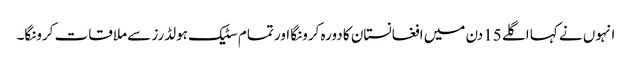
انہوں نے کہا اگلے 15دن میں افغانستان کا دورہ کرونگا اور تمام سٹیک ہولڈرز سے ملاقات کرونگا۔